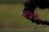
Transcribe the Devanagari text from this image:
मॉरिशिओ